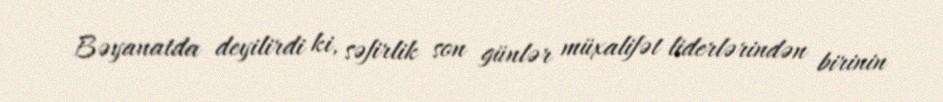
Bəyanatda deyilirdi ki, səfirlik son günlər müxalifət liderlərindən birinin